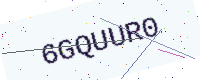
Text: 6GQUUR0